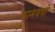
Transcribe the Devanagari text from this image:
कामबवो